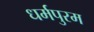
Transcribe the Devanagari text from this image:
धर्मपुरम